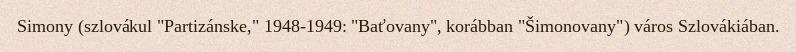
Simony (szlovákul "Partizánske," 1948-1949: "Baťovany", korábban "Šimonovany") város Szlovákiában.